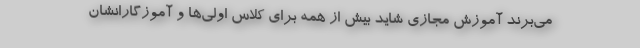
می‌برند آموزش مجازی شاید بیش از همه برای کلاس اولی‌ها و آموزگارانشان